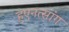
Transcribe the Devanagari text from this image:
हुएनत्सांग